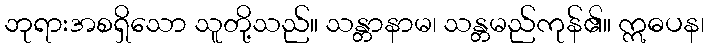
ဘုရားအစရှိသော သူတို့သည်။ သန္တာနာမ၊ သန္တမည်ကုန်၏။ ဣဓပန၊